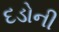
દડોની